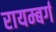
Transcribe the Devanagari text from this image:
रायम्बर्ग